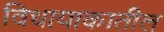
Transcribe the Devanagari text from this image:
विधायाकातील